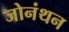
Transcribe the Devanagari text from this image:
जोनंथन